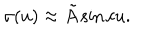
\sigma ( u ) \approx \tilde { A } \sin c u .